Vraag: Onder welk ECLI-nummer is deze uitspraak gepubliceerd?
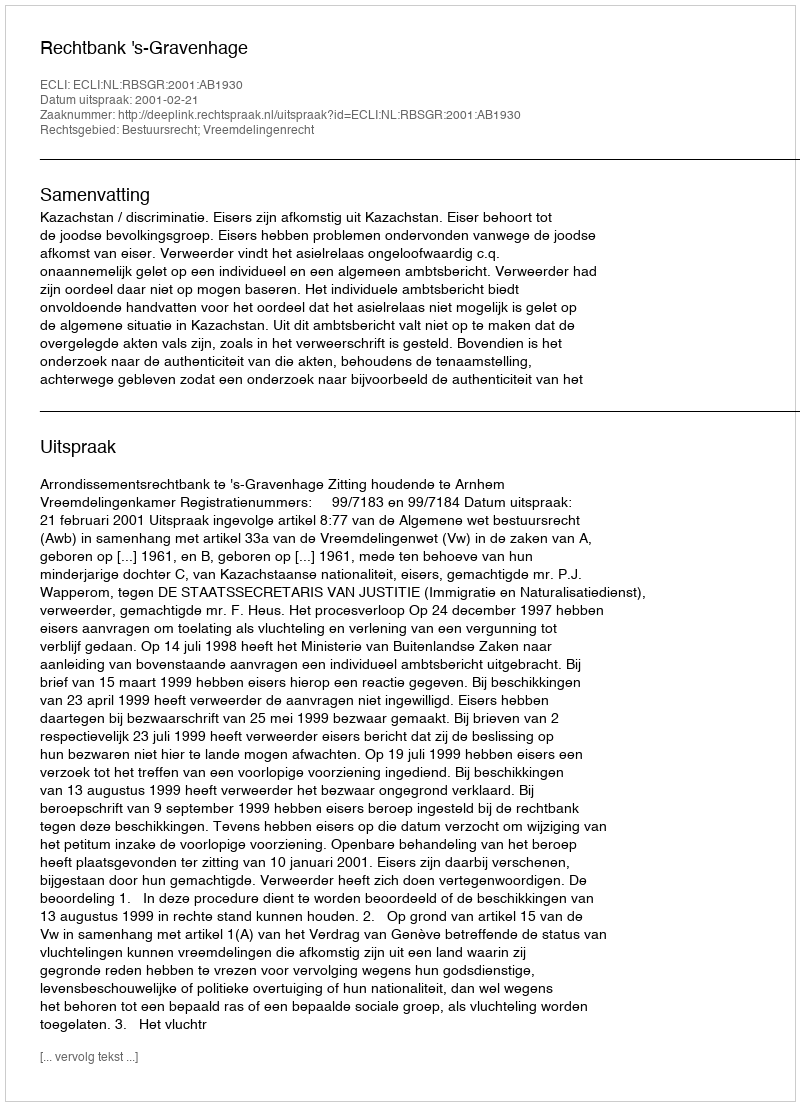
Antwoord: ECLI:NL:RBSGR:2001:AB1930